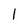
Character: l